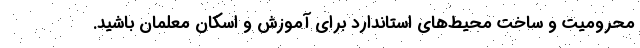
محرومیت و ساخت محیط‌های استاندارد برای آموزش و اسکان معلمان باشید.